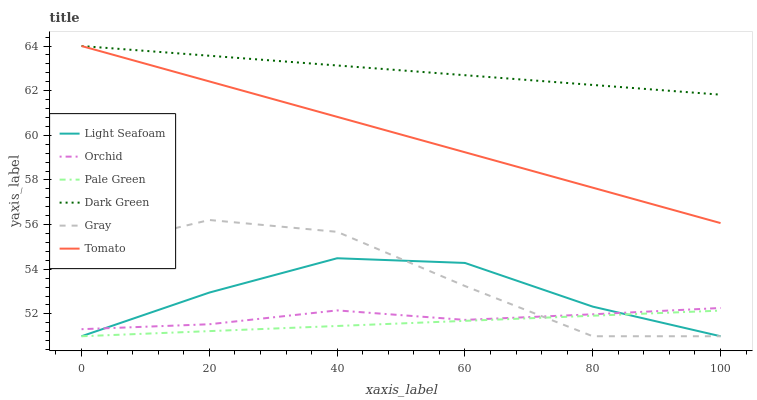
| xaxis_label | Light Seafoam | Orchid | Pale Green | Dark Green | Gray | Tomato |
 | --- | --- | --- | --- | --- | --- | --- |
 | 0 | 51 | 51.3 | 51 | 64 | 54.8 | 64 |
 | 20 | 53 | 51.5 | 51.2 | 63.6 | 56.2 | 62.4 |
 | 40 | 54.5 | 52.2 | 51.5 | 63.1 | 55.7 | 60.8 |
 | 60 | 54.3 | 51.7 | 51.7 | 62.7 | 53.2 | 59.2 |
 | 80 | 52.3 | 52 | 51.9 | 62.3 | 51 | 57.7 |
 | 100 | 51 | 52.3 | 52.1 | 61.8 | 51 | 56.1 |